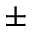
\pm